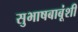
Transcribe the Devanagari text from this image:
सुभाषबाबूंशी